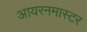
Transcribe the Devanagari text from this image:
आयरनमास्टर